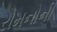
રોમનોની